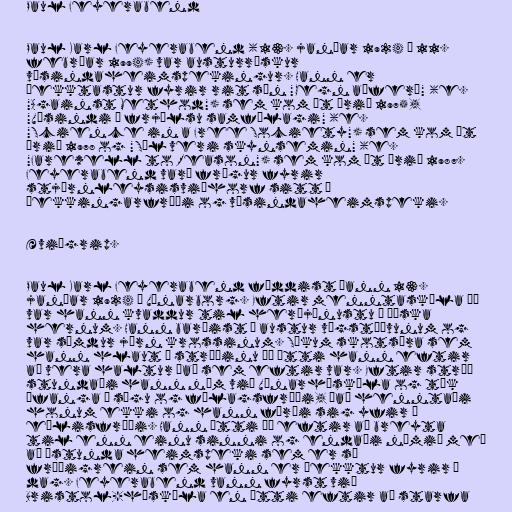
Paul Feyerabend

Paul Karl Feyerabend (13. janúar 1924 – 11.
febrúar 1994) var austurrískur
vísindaheimspekingur. Hann er
þekktastur fyrir rit sín "Gegn aðferð" (e.
"Against Method") sem kom út árið 1975,
"Vísindi í frjálsu samfélagi" (e.
"Science in a Free Society") sem kom út
árið 1978 og "Sæl veri skynsemin" (e.
"Farewell to Reason") sem kom út árið 1987.
Feyerabend varð frægur fyrir
stjórnleysisviðhorf sitt í
þekkingarfræði og vísindaheimspeki.

Æviágrip.

Paul Karl Feyerabend fæddist þann 13.
janúar 1924 í Vínarborg. Eftir menntaskóla þá
var hann kvaddur til herþjónustu í Þýska
hernum. Hann barðist á austur vígstöðvunum og
var sæmdur járn krossinum. Sökum skotsára sem
hann hlaut í stríðinu þá átti hann eftir
að vera haltur það sem eftir var. Eftir stríð
stundaði hann nám við Vínarháskóla og tók
áfanga í sögu og félagsfræði, það henntaði
honum ekki og hann færði sig yfir í
eðlisfræði. Hann átti þó eftir að breyta
til enn einu sinni og endaði námið með
að ástunda heimspeki sem er sú
fræðigrein sem hann er þekktur fyrir í
dag. Feyerabend vann fyrst við
Bristol-háskóla en átti eftir að starfa